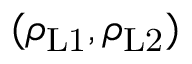
( \rho _ { \mathrm { L 1 } } , \rho _ { \mathrm { L 2 } } )